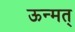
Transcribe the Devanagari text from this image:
ऊन्मत्